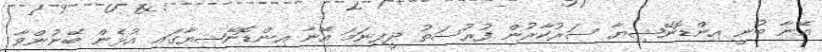
އޭނާ ބުނީ އިންޑޮނޭޝިޔާ ސަރުކާރުން ފުރުސަތު ދީފިނަމަ އޭނާ އިންޑޮނޭޝިޔާގައި އުޅެން ބޭނުންވާ